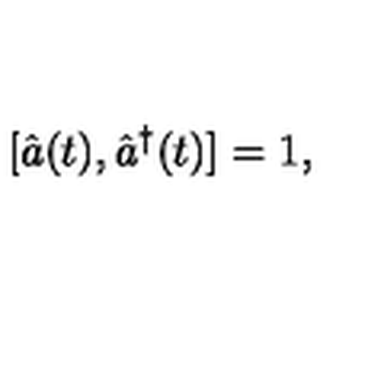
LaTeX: [ \hat { a } ( t ) , \hat { a } ^ { \dag } ( t ) ] = 1 ,